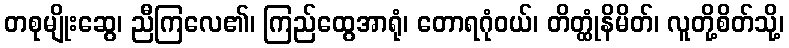
တစုမျိုးဆွေ၊ ညီကြလေ၏၊ ကြည်ထွေအာရုံ၊ တောရဂုံဝယ်၊ တိတ္ထုံနိမိတ်၊ လူတို့စိတ်သို့၊